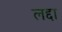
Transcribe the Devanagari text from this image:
लद्दा